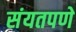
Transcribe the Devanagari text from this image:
संयतपणे